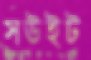
সউইট